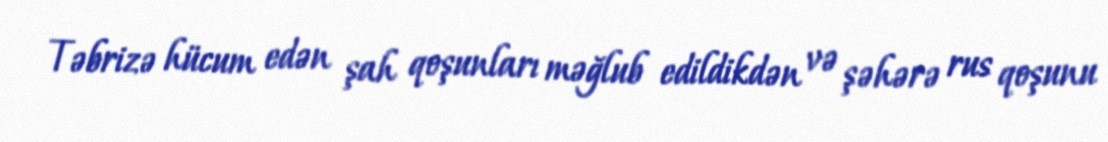
Təbrizə hücum edən şah qoşunları məğlub edildikdən və şəhərə rus qoşunu